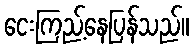
ငေးကြည့်နေပြန်သည်။